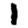
Digit: 1